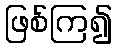
ဖြစ်ကြ၍